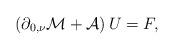
LaTeX: \begin{align*}\left(\partial_{0,\nu}\mathcal{M}+\mathcal{A}\right)U=F,\end{align*}